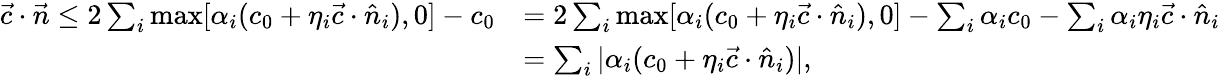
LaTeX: \begin{array}{rl}{\vec{c}\cdot\vec{n}\le 2\sum_{i}\operatorname*{max}[\alpha_{i}(c_{0}+\eta_{i}\vec{c}\cdot\hat{n}_{i}),0]-c_{0}}&{=2\sum_{i}\operatorname*{max}[\alpha_{i}(c_{0}+\eta_{i}\vec{c}\cdot\hat{n}_{i}),0]-\sum_{i}\alpha_{i}c_{0}-\sum_{i}\alpha_{i}\eta_{i}\vec{c}\cdot\hat{n}_{i}}\\ &{=\sum_{i}|\alpha_{i}(c_{0}+\eta_{i}\vec{c}\cdot\hat{n}_{i})|,}\end{array}